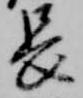
長